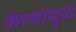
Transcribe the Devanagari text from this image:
केल्यांमुळे